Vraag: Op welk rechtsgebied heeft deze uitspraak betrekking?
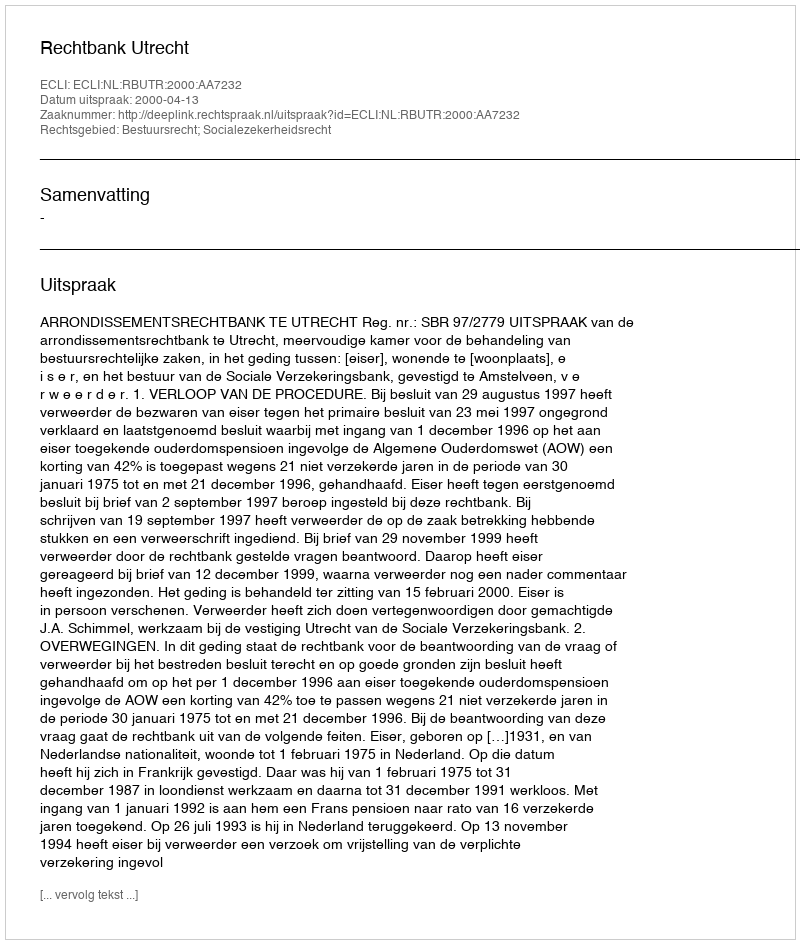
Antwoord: Bestuursrecht; Socialezekerheidsrecht